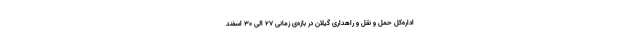
اداره‌کل حمل و نقل و راهداری گیلان در بازه‌ی زمانی ۲۷ الی ۳۰ اسفند